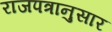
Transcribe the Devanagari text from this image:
राजपत्रानुसार